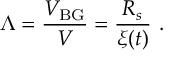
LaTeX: \Lambda = \frac { V _ { \mathrm { B G } } } { V } = \frac { R _ { s } } { \xi ( t ) } \ .